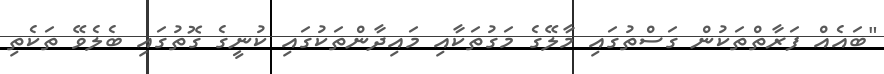
"ބައެއް ފަރާތްތަކުން ގަސްތުގައި މާލޭގެ މަގުތަކާއި މައިދާންތަކުގައި ކުނީގެ ގޮތުގައި ބެލެވޭ ތަކެތި